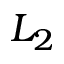
L _ { 2 }